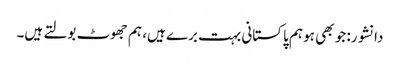
دانشور: جو بھی ہو ہم پاکستانی بہت برے ہیں، ہم جھوٹ بولتے ہیں۔